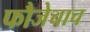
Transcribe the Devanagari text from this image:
फौजेचाच